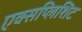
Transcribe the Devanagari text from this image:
एक्सप्लिशिट